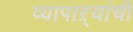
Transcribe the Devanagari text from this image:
व्यापाऱ्यांची